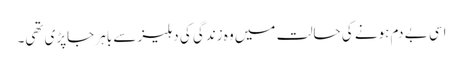
اسی بے دم ہونے کی حالت میں وہ زندگی کی دہلیز سے باہر جاپڑی تھی۔